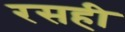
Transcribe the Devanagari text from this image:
रसही